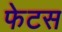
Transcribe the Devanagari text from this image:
फेटस